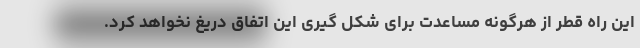
این راه قطر از هرگونه مساعدت برای شکل گیری این اتفاق دریغ نخواهد کرد.